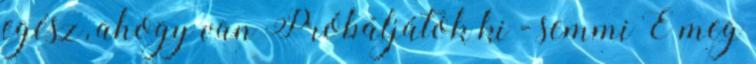
egész, ahogy van Próbáljátok ki - semmi E meg